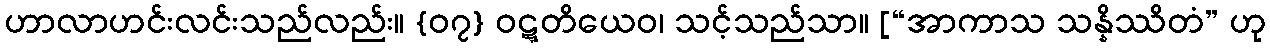
ဟာလာဟင်းလင်းသည်လည်း။ {၀၇} ဝဋ္ဋတိယေဝ၊ သင့်သည်သာ။ [“အာကာသ သန္နိဿိတံ” ဟု